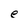
Character: e